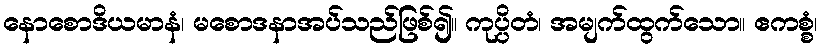
နောစောဒိယမာနံ၊ မစောဒနာအပ်သည်ဖြစ်၍။ ကုပ္ပိတံ၊ အမျက်ထွက်သော။ ဧကစ္စံ၊